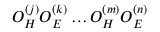
O _ { H } ^ { ( j ) } O _ { E } ^ { ( k ) } \dots O _ { H } ^ { ( m ) } O _ { E } ^ { ( n ) }